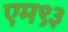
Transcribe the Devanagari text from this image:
एम९३